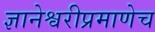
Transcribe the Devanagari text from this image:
ज्ञानेश्वरीप्रमाणेच